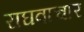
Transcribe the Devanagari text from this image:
राघवाचार